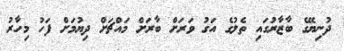
ދުނިޔޭގެ ބާޒާރުގައި ތެލުގެ އަގު ވަރަށް ބާރަށް މައްޗަށް ދިޔުމަށް ފަހު މިހާރު